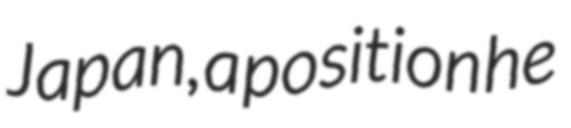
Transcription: Japan, a position he